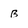
Character: B